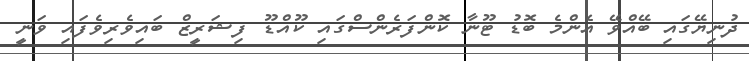
ދުނިޔޭގައި ބޭއްވޭ އެންމެ ބޮޑު ޓޫނާ ކޮންފަރެންސްގައި ކޫއްޑޫ ފިޝަރީޒް ބައިވެރިވެފައި ވަނީ